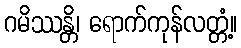
ဂမိဿန္တိ၊ ရောက်ကုန်လတ္တံ့။